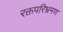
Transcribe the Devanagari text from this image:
रक्तपरिभ्रमण